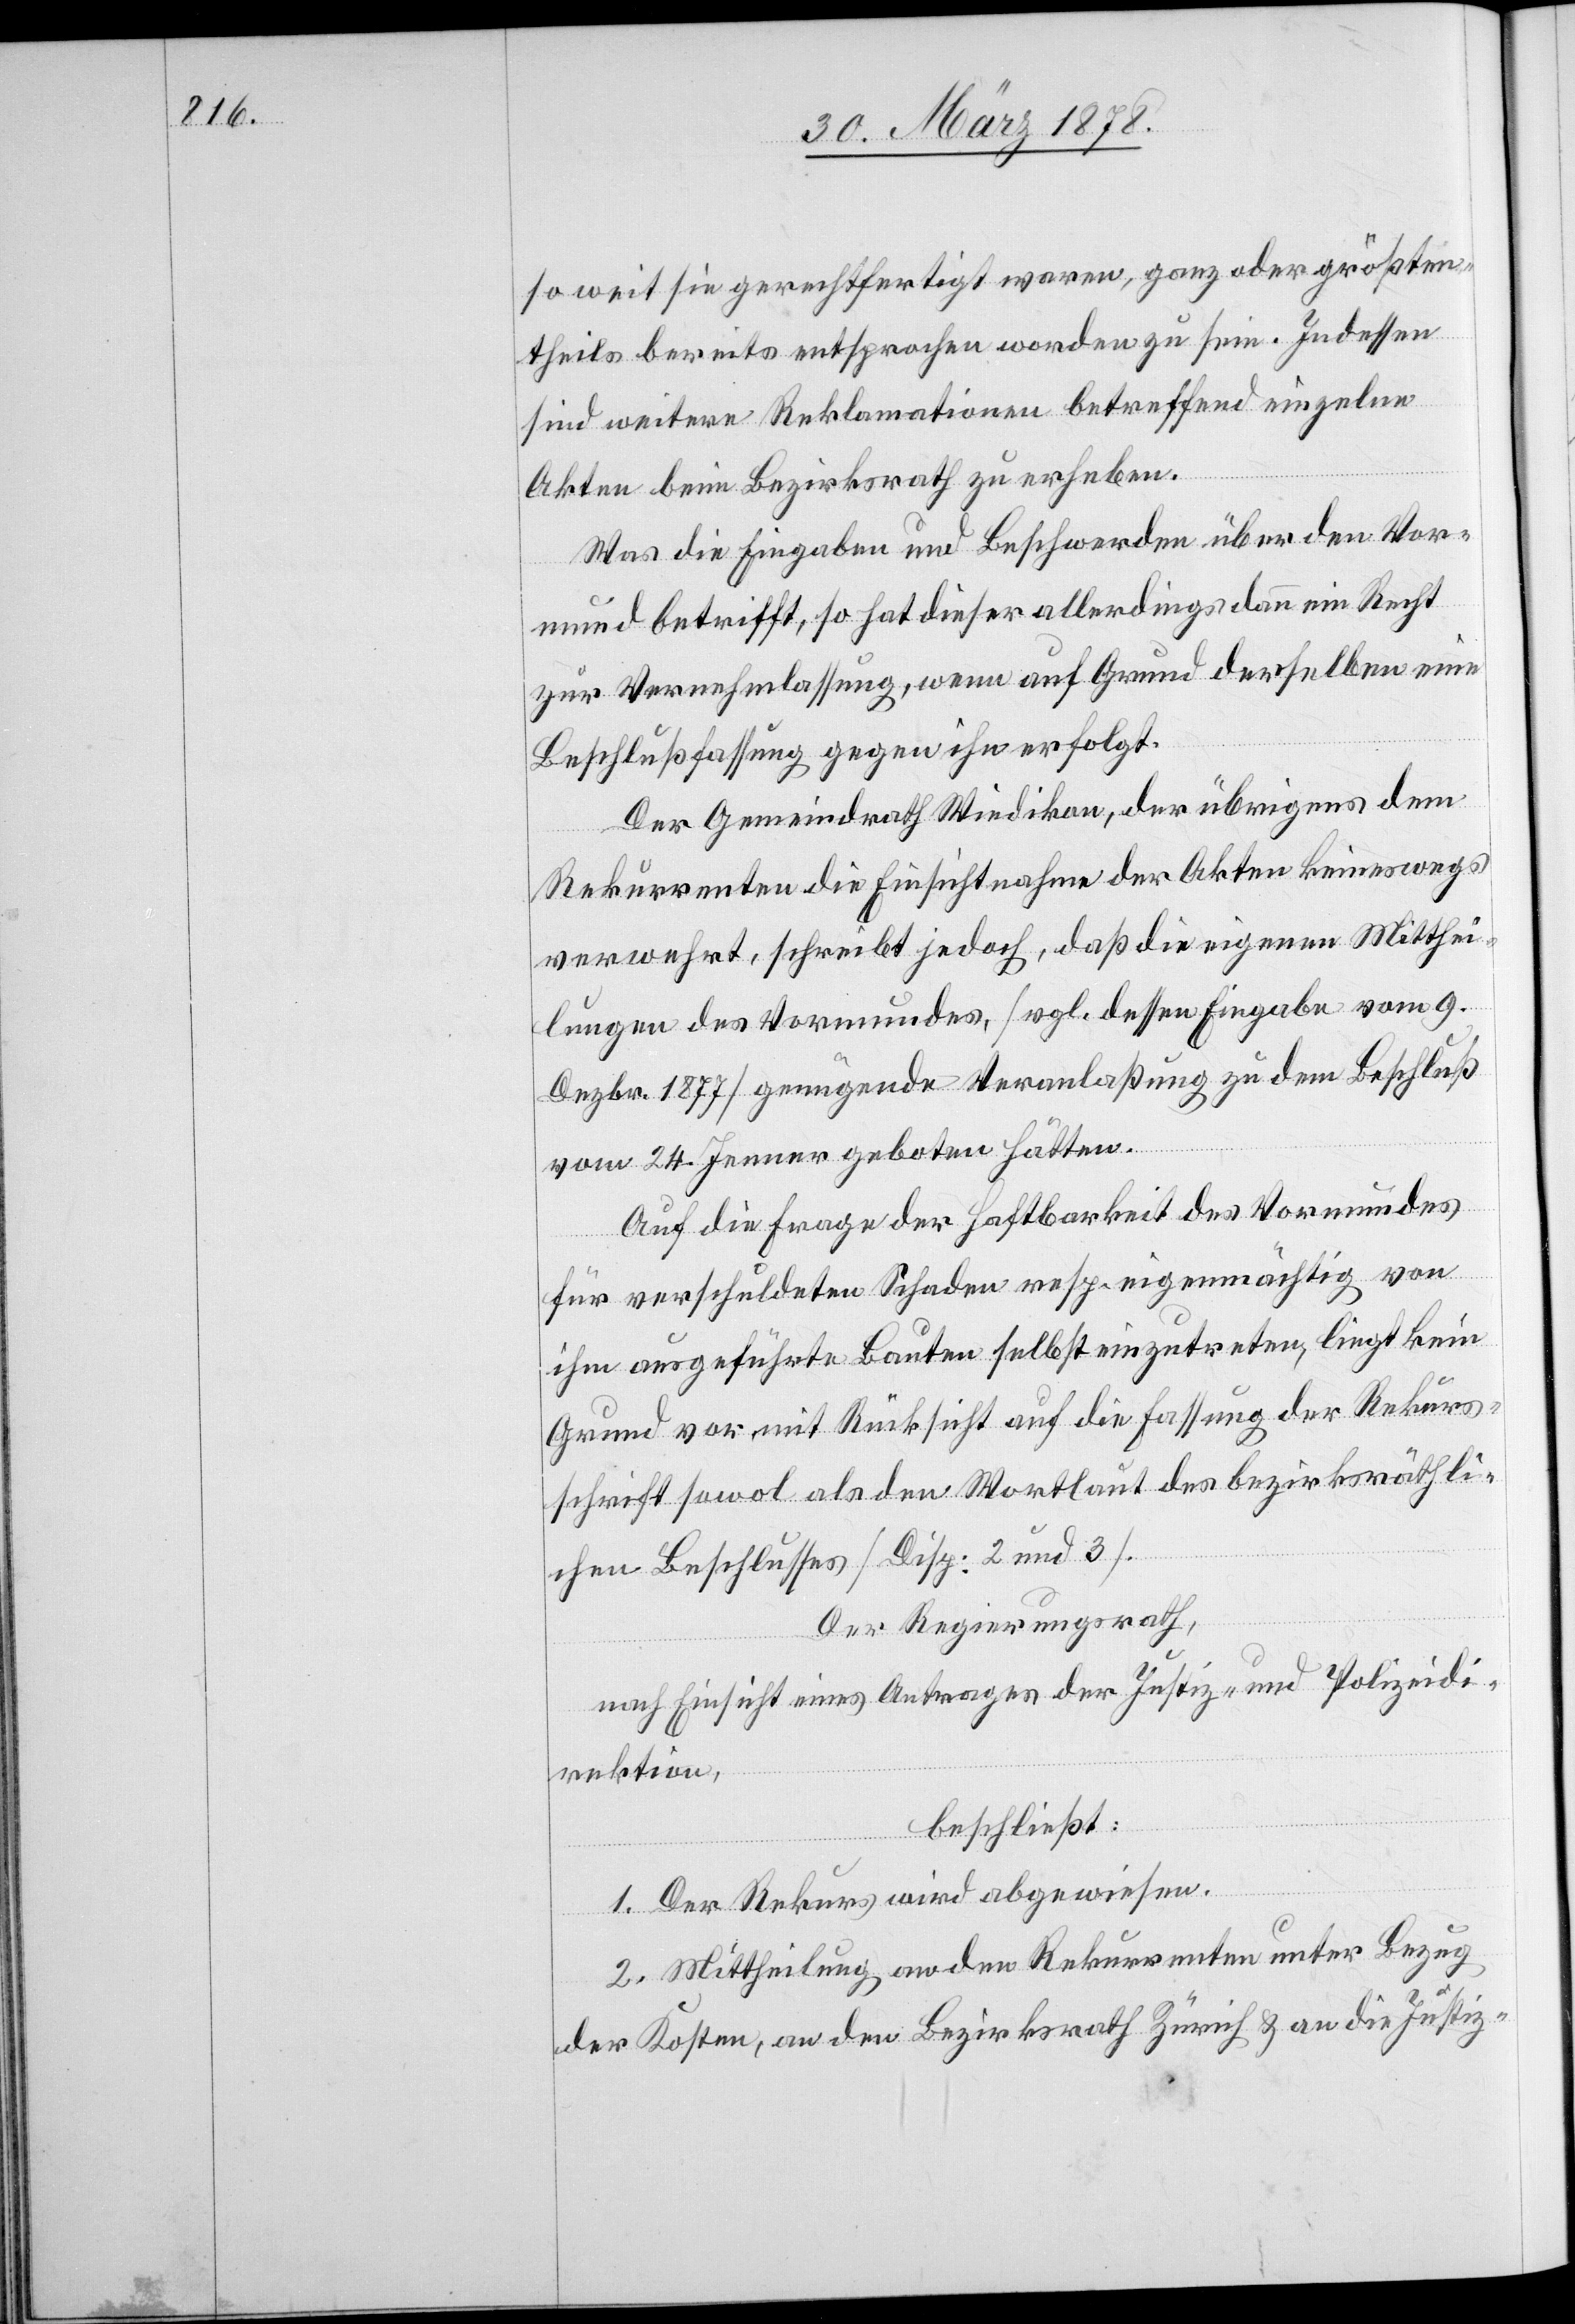
so weit sie gerechtfertigt waren, ganz oder größten¬
theils bereits entsprochen worden zu sein. Indessen
sind weitere Reklamationen betreffend einzelne
Akten beim Bezirksrath zu erheben.
Was die Eingaben und Beschwerden über den Vor¬
mund betrifft, so hat dieser Allerdings dann ein Recht
zur Vernehmlassung, wenn auf Grund derselben eine
Beschlussfassung gegen ihn erfolgt.
Der Gemeindrath Wiedikon, der übrigens dem
Rekurrenten die Einsichtnahme der Akten keineswegs
verwehrt, schreibt jedoch, daß die eigenen Mitthei¬
lungen des Vormundes, (vgl. dessen Eingabe vom 9.
Dezbr. 1877) genügende Veranlaßung zu dem Beschluß
vom 24. Jenner geboten hätten.
Auf die Frage der Haftbarkeit des Vormundes
für verschuldeten Schaden resp. eigenmächtig von
ihm ausgeführte Bauten selbst einzutreten, liegt kein
Grund vor mit Rücksicht auf die Fassung der Rekurs¬
schrift sowol als den Wortlaut des bezirksräthli¬
chen Beschlusses (Disp: 2 und 3).
Der Regierungsrath,
nach Einsicht eines Antrages der Justiz- und Polizeidi¬
rektion,
beschließt:
1. Der Rekurs wird abgewiesen.
2. Mittheilung an den Rekurrenten unter Bezug
der Kosten, an den Bezirksrath Zürich & an die Justiz-